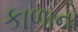
કાળાનો